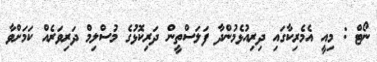
ނޯޓް : މިއީ އެމެރިކާގައި ދިރިއުޅެމުންދާ ފަލަސްތީން ދަރިކޮޅުގެ މުސްލިމް ދަރިވަރެއް ކަމަށްވާ